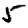
Digit: 5